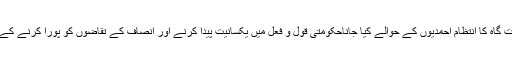
مذکورہ عبادت گاہ کا انتظام احمدیوں کے حوالے کیا جاناحکومتی قول و فعل میں یکسانیت پیدا کرنے اور انصاف کے تقاضوں کو پورا کرنے کے لئے اہم ہے۔